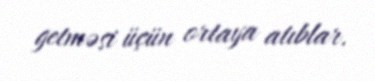
getməsi üçün ortaya atıblar.